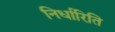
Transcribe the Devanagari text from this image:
निर्धारिति